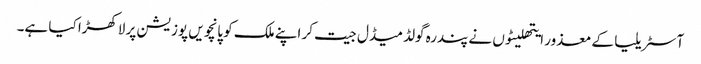
آسٹریلیا کے معذور ایتھلیٹوں نے پندرہ گولڈ میڈل جیت کر اپنے ملک کو پانچویں پوزیشن پر لاکھڑا کیا ہے۔